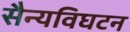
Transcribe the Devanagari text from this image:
सैन्यविघटन